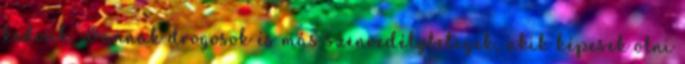
kedvük. Vannak drogosok és más szenvedélybetegek, akik képesek ölni